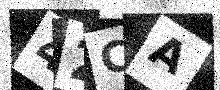
Text: 42CA